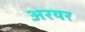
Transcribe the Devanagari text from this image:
अरयर